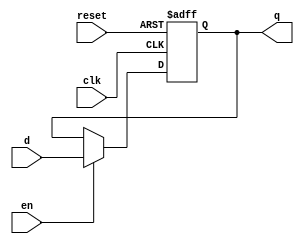
`timescale 1ns / 1ps
//////////////////////////////////////////////////////////////////////////////////
// Company: 
// Engineer: 
// 
// Design Name: 
// Module Name: Eight_bit_rgstr
// Project Name: 
// Target Devices: 
// Tool Versions: 
// Description: 
// 
// Dependencies: 
// 
// Revision:
// Revision 0.01 - File Created
// Additional Comments:
// 
//////////////////////////////////////////////////////////////////////////////////


module registerA #(parameter width = 8) (input clk, input reset,input en, input[width-1:0]d, output reg [width-1:0] q);
//module Eight_bit_rgstr (input clok, input resetbits,input en, input [7:0]data, output reg [7:0] out);
always@(posedge clk, posedge reset)
if(reset) q <= 0;
else if (en)    q <=d;
else q <= q;
endmodule